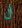
أن